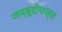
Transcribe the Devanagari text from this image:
जम्बूदीपञ्च